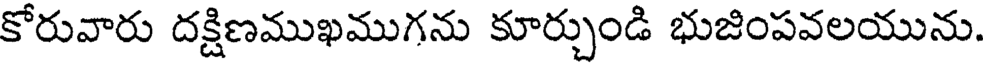
కోరువారు దక్షిణముఖముగను కూర్చుండి భుజింపవలయును.